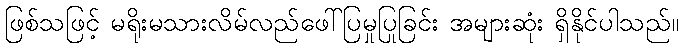
ဖြစ်သဖြင့် မရိုးမသားလိမ်လည်ဖေါ်ပြမှုပြုခြင်း အများဆုံး ရှိနိုင်ပါသည်။